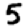
Digit: 5